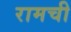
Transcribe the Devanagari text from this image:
रामची